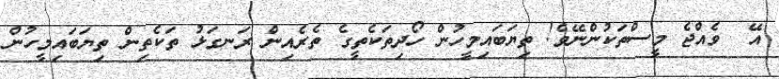
އޭ  ވެއްޖެ މީސްތަކުންނޭވެ! ތިޔަބައިމީހުން ހޯދިތަކެތީގެ ތެރެއިން ރަނގަޅު ތަކެތިން ތިޔަބައިމީހުން